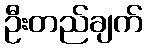
ဦးတည်ချက်